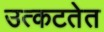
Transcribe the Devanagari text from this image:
उत्कटतेत